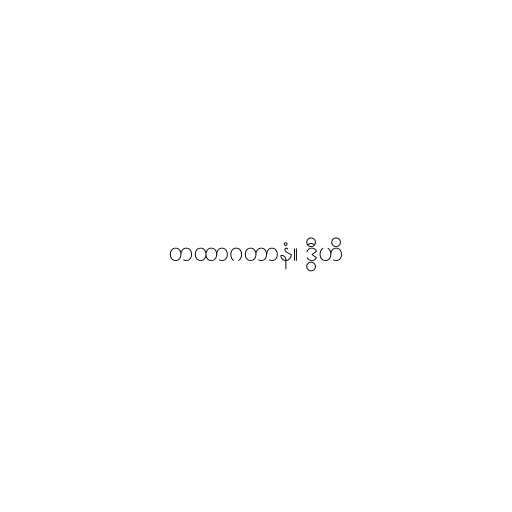
တထာဂတာနံ။ ဒွီဟိ